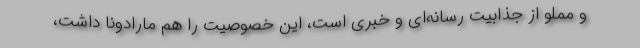
و مملو از جذابیت رسانه‌ای و خبری است، این خصوصیت را هم مارادونا داشت،